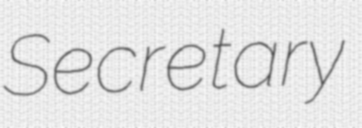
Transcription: Secretary